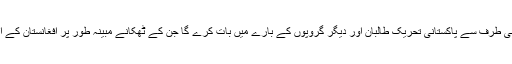
پاکستان بھی اپنی طرف سے پاکستانی تحریک طالبان اور دیگر گروپوں کے بارے میں بات کرے گا جن کے ٹھکانے مبینہ طور پر افغانستان کے اندر موجود ہیں۔